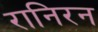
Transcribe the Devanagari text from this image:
रानिरन